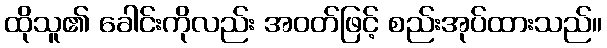
ထိုသူ၏ ခေါင်းကိုလည်း အဝတ်ဖြင့် စည်းအုပ်ထားသည်။